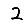
Digit: 2